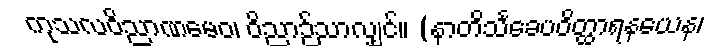
ကုသလဝိညာဏမေဝ၊ ဝိညာဉ်သာလျှင်။ (နာတိသင်္ခေပဝိတ္ထာရနယေန၊